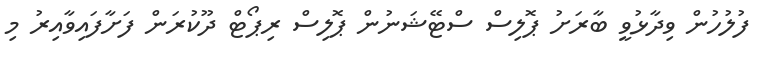
ފުލުހުން ވިދާޅުވީ ބާރަށު ޕޮލިސް ސްޓޭޝަނުން ޕޮލިސް ރިޕޯޓް ދޫކުރަން ފަށާފައިވާއިރު މި